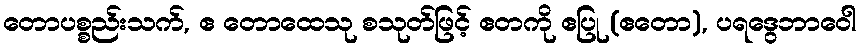
တောပစ္စည်းသက်, ဧ တောထေသု စသုတ်ဖြင့် ဧတကို ဧပြု (ဧတော), ပရဒွေဘာဝေါ